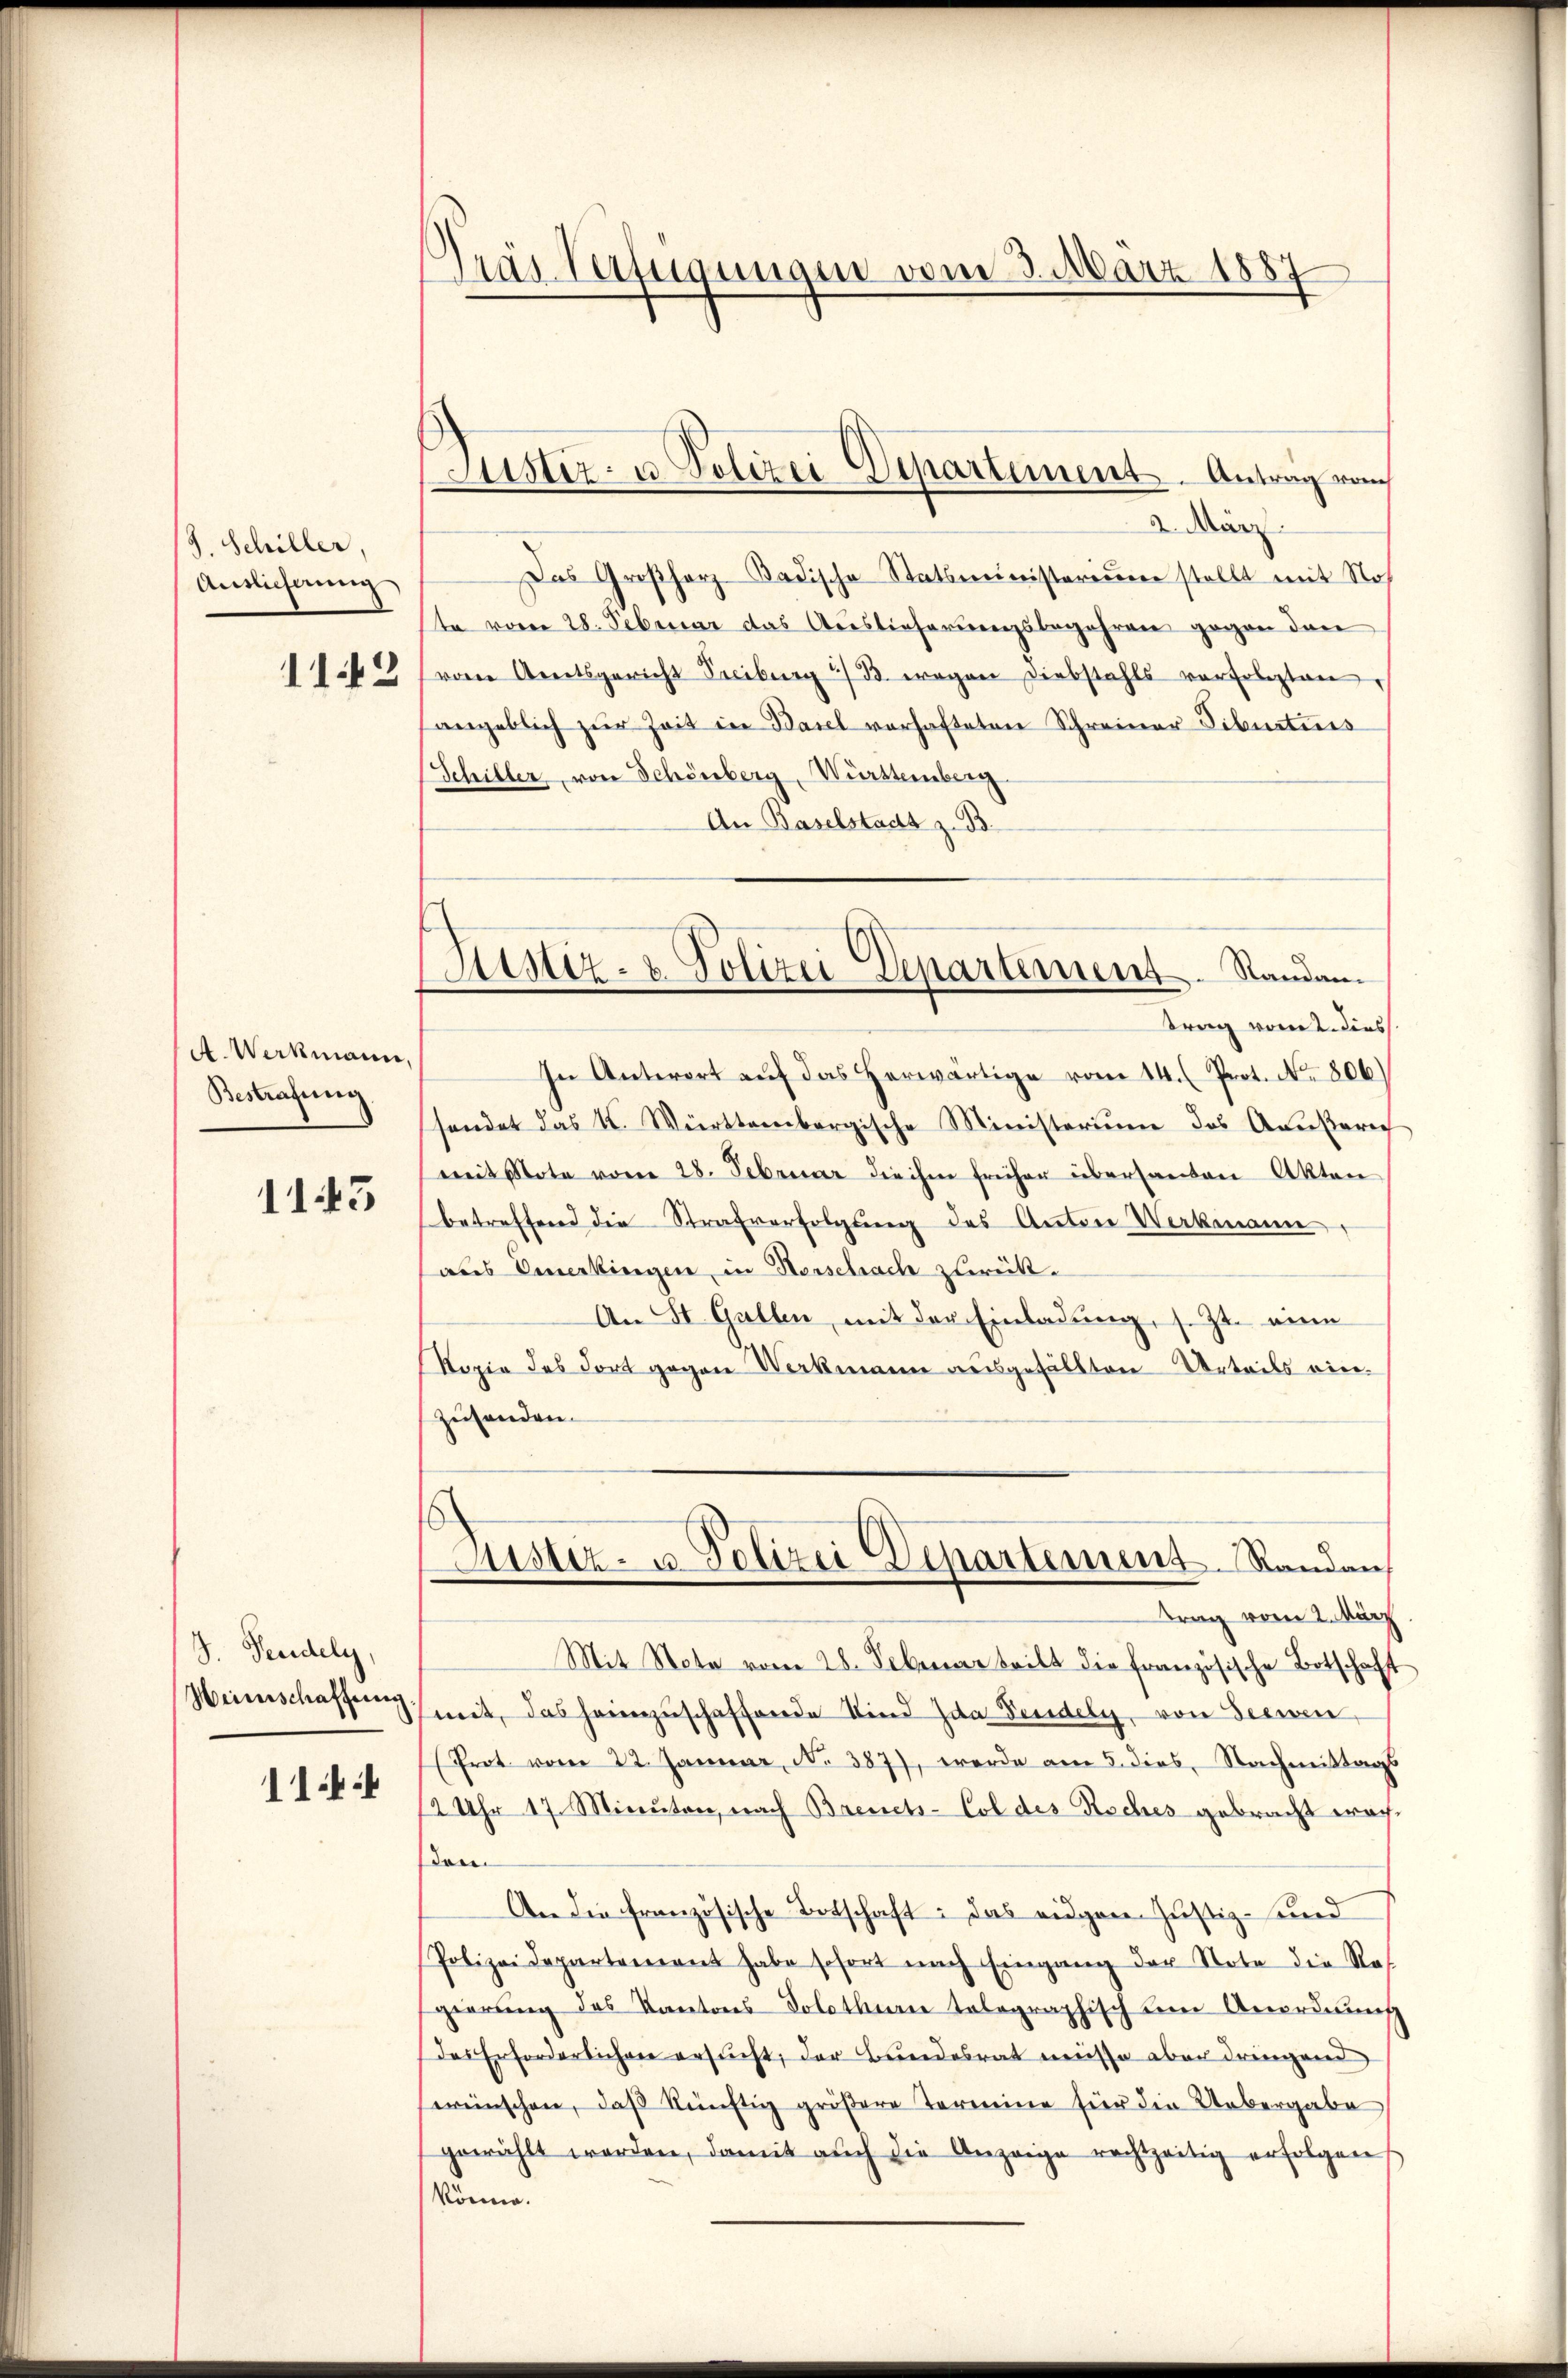
J. Schiller,
Auslicherung
1142

A. Werkmann,
Bestrafung

1145

S. Pendely,
Heinschaffenen.
1144

Gräs Verfügungen vom 3. März 1887

Justiz- u. Polizei Departement. Antrag von

2. März.
Das Großherz Badische Statsministerium stellt mit Not
te vom 28. Februar das Auslieferungsbegehren gegen den
von Arnetsgericht Freiburg 2/3 wegen Diebstahls verfolgten,
angeblich zur Zeit in Basel verhafteten Schreiner Tibuitens
Schiller, von Schönberg, Württemberg
An Baselstadt z. B.
In Antwort aŭf das herwärtige vom 14. (Prot. No. 806.)
sendet das K. Württembergische Ministerium des Americ
mit Note vom 28. Februar die ihm früher übersanten Akten
betreffend die Strafverfolgung des Anton Werkmann
aus Einerkingen, in Herschrach zurück.
An St. Gallen, mit der Einladung, s. Zt. eine
d
Kopie des dort gegen Werkmann ausgefällten Urteils einzuhanden.
Justiz- u. Polizei Departement. Randan
trag vom 2. März
Mit Note vom 28. Februar teilt die französische Botschaft
mit, das heimzuschaffende Sind da Sendely, von Seewen
Prot vom 22. Januar, N. 387), werde am 5. dies, Nachmittags
2 Uhr 17. Minuten, nach Breichs-Col des Roches gebracht wachden.
An die französische Botschaft: das eidgen. Justiz- und
Polizeidepartement habe sofort nach Eingang der Note die Res
gierung des Kantons Solothurn telegraphisch um Anordnung
das Erforderlichen ersucht, der Bundesrat müsse aber dringend
wünschen, daß künftig größere Termine für die Uebergabe
gewählt worden, damit aŭch die Anzeige rechtzeitig erfolgen
könne.

Justiz- & Polizei Departement. Randam
trag vom 2. diess.